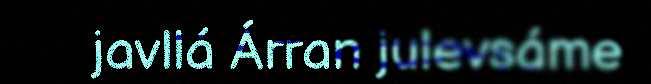
javllá Árran julevsáme